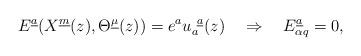
LaTeX: \begin{align*}E^{\underline a}(X^{\underline m}(z),\Theta^{\underline\mu}(z))=e^a u_a^{~\underline a}(z)\quad \Rightarrow \quad E_{\alpha q}^{\underline a}=0,\end{align*}